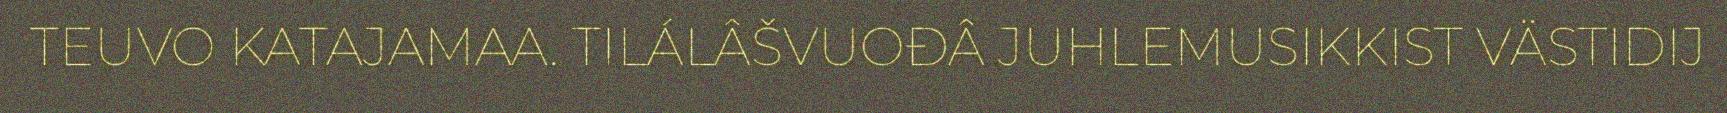
TEUVO KATAJAMAA. TILÁLÂŠVUOĐÂ JUHLEMUSIKKIST VÄSTIDIJ